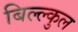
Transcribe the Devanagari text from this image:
बिल्ल्कुल